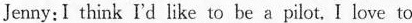
Jenny:I think I'd like to be a pilot,I love to